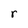
Character: r